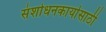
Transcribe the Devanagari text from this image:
संशोधनकार्यासाठी